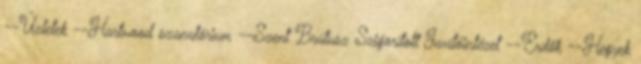
--Üzletek --Hartwood szanatórium --Szent Brútusz Szigorított Javítóintézet --Erdők --Hegyek